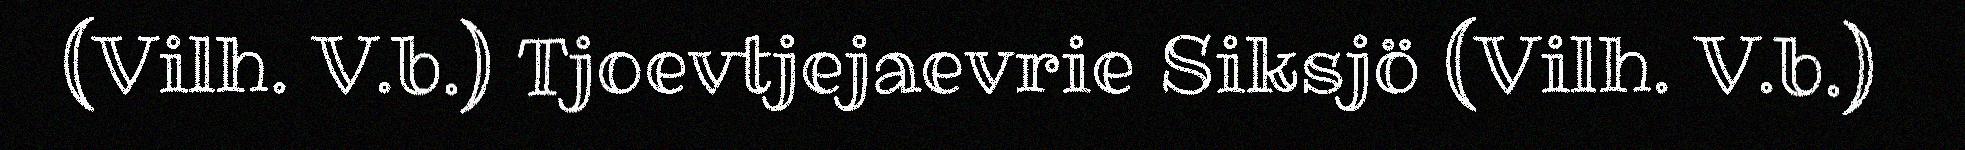
(Vilh. V.b.) Tjoevtjejaevrie Siksjö (Vilh. V.b.)